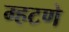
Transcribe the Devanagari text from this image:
म्हटणे